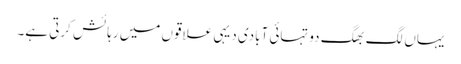
یہاں لگ بھگ دو تہائی آبادی دیہی علاقوں میں رہائش کرتی ہے۔